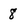
Character: 8